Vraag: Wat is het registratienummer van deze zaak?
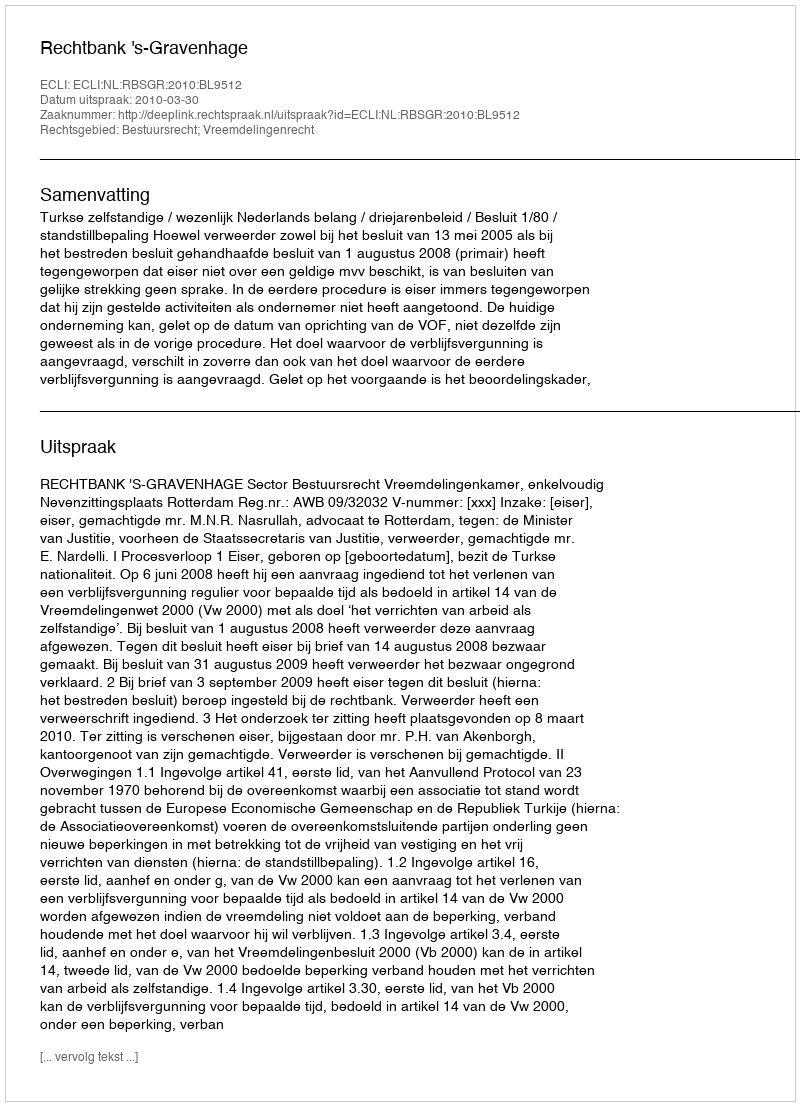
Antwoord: http://deeplink.rechtspraak.nl/uitspraak?id=ECLI:NL:RBSGR:2010:BL9512